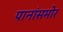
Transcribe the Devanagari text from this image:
पानांसमोर